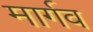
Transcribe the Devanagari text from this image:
मार्गव